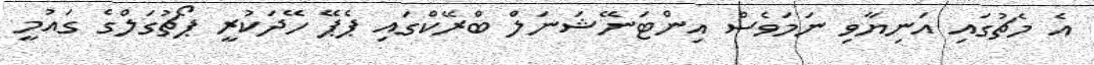
އެ މެޗުގައި އަނިޔާވި ނަމަވެސް އިންޓަނޭޝަނަލް ބްރޭކްގައި ޕެޕޭ ހޭދަކުރީ ޕޯޗުގަލްގެ ގައުމީ